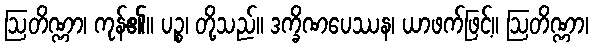
ဩတိဏ္ဏာ၊ ကုန်၏။ ပဉ္စ၊ တို့သည်။ ဒက္ခိဏပေဿန၊ ယာဖက်ဖြင့်။ ဩတိဏ္ဏာ၊